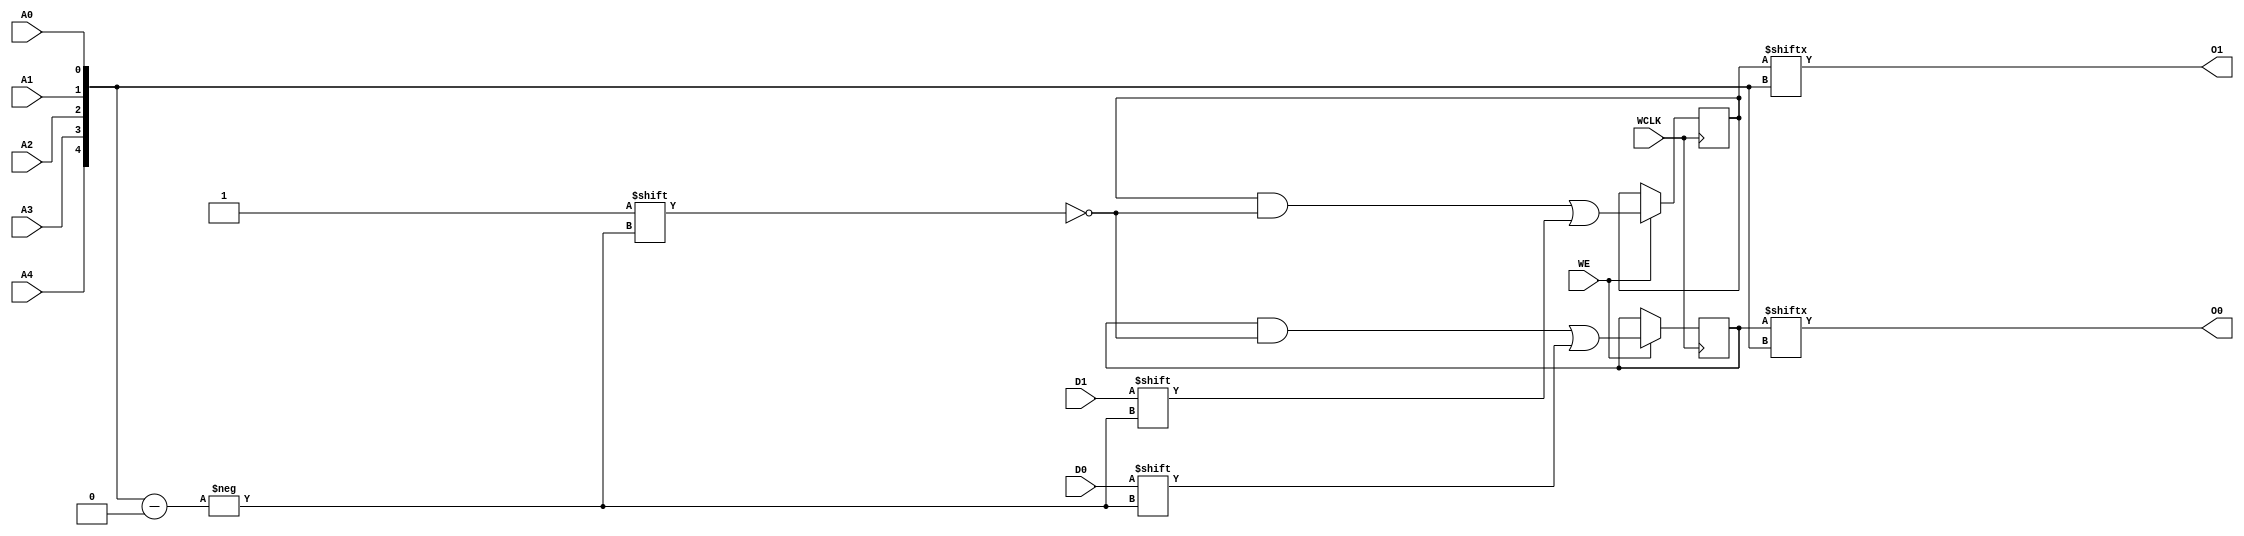
// $Header: /devl/xcs/repo/env/Databases/CAEInterfaces/verunilibs/data/unisims/RAM32X2S.v,v 1.9 2005/05/07 00:23:42 yanx Exp $
///////////////////////////////////////////////////////////////////////////////
// Copyright (c) 1995/2004 Xilinx, Inc.
// All Right Reserved.
///////////////////////////////////////////////////////////////////////////////
//   ____  ____
//  /   /\/   /
// /___/  \  /    Vendor : Xilinx
// \   \   \/     Version : 10.1
//  \   \         Description : Xilinx Functional Simulation Library Component
//  /   /                  Static Synchronous RAM 32-Deep by 2-Wide
// /___/   /\     Filename : RAM32X2S.v
// \   \  /  \    Timestamp : Thu Mar 25 16:43:34 PST 2004
//  \___\/\___\
//
// Revision:
//    03/23/04 - Initial version.
//    02/04/05 - Rev 0.0.1 Remove input/output bufs; Remove for-loop in initial block;
//    05/06/05 - Change adr from vector [3:0] to vector [4:0].
// End Revision

`timescale  1 ps / 1 ps


module RAM32X2S (O0, O1, A0, A1, A2, A3, A4, D0, D1, WCLK, WE);

    parameter INIT_00 = 32'h00000000;
    parameter INIT_01 = 32'h00000000;

    output O0, O1;

    input  A0, A1, A2, A3, A4, D0, D1, WCLK, WE;

    reg  [31:0] mem1;
    reg  [31:0] mem2;

    wire [4:0] adr;

    assign adr = {A4, A3, A2, A1, A0};
    assign O0 = mem1[adr];
    assign O1 = mem2[adr];

    initial  begin
        mem1 = INIT_00;
        mem2 = INIT_01;
    end

    always @(posedge WCLK) 
        if (WE == 1'b1) begin
            mem1[adr] <= #100 D0;
            mem2[adr] <= #100 D1;
        end

endmodule